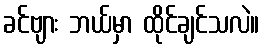
ခင်ဗျား ဘယ်မှာ ထိုင်ချင်သလဲ။